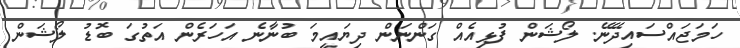
ހަމަޖައްސައިދޭނޭ. ލޯޝަން ފުޅިއެއް ގަންނަން ދިޔައީމަ ބުނާނެ އަހަރެން އަތުގަ ބޮޑު ލޯޝަން